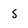
Character: 5